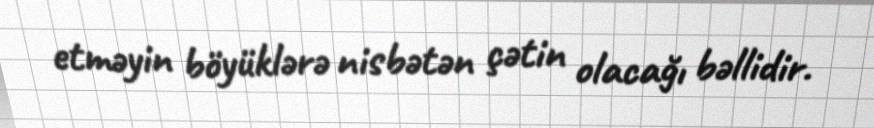
etməyin böyüklərə nisbətən çətin olacağı bəllidir.